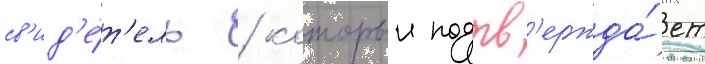
св'ид'е́т'ель / которыи подтв'ержда́ет